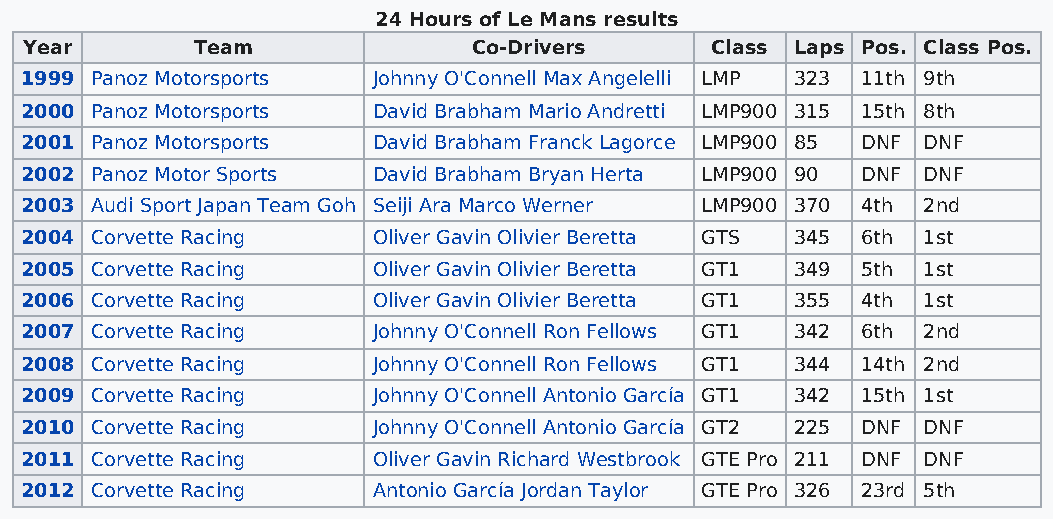
24 Hours of Le Mans results
 Year       Team              Co-Drivers      Class Laps Pos. Class Pos.
 1999 Panoz Motorsports  Johnny O'Connell Max Angelelli LMP 323 11th 9th
 2000 Panoz Motorsports  David Brabham Mario Andretti LMP900 315 15th 8th
 2001 Panoz Motorsports  David Brabham Franck Lagorce LMP900 85 DNF DNF
 2002 Panoz Motor Sports David Brabham Bryan Herta LMP900 90 DNF DNF
 2003 Audi Sport Japan Team Goh Seiji Ara Marco Werner LMP900 370 4th 2nd
 2004 Corvette Racing    Oliver Gavin Olivier Beretta GTS 345 6th 1st
 2005 Corvette Racing    Oliver Gavin Olivier Beretta GT1 349 5th 1st
 2006 Corvette Racing    Oliver Gavin Olivier Beretta GT1 355 4th 1st
 2007 Corvette Racing    Johnny O'Connell Ron Fellows GT1 342 6th 2nd
 2008 Corvette Racing    Johnny O'Connell Ron Fellows GT1 344 14th 2nd
 2009 Corvette Racing    Johnny O'Connell Antonio García GT1 342 15th 1st
 2010 Corvette Racing    Johnny O'Connell Antonio García GT2 225 DNF DNF
 2011 Corvette Racing    Oliver Gavin Richard Westbrook GTE Pro 211 DNF DNF
 2012 Corvette Racing    Antonio García Jordan Taylor GTE Pro 326 23rd 5th